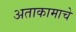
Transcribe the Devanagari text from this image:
अताकामाचे